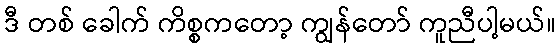
ဒီ တစ် ခေါက် ကိစ္စကတော့ ကျွန်တော် ကူညီပါ့မယ်။